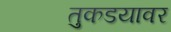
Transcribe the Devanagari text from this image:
तुकडयावर